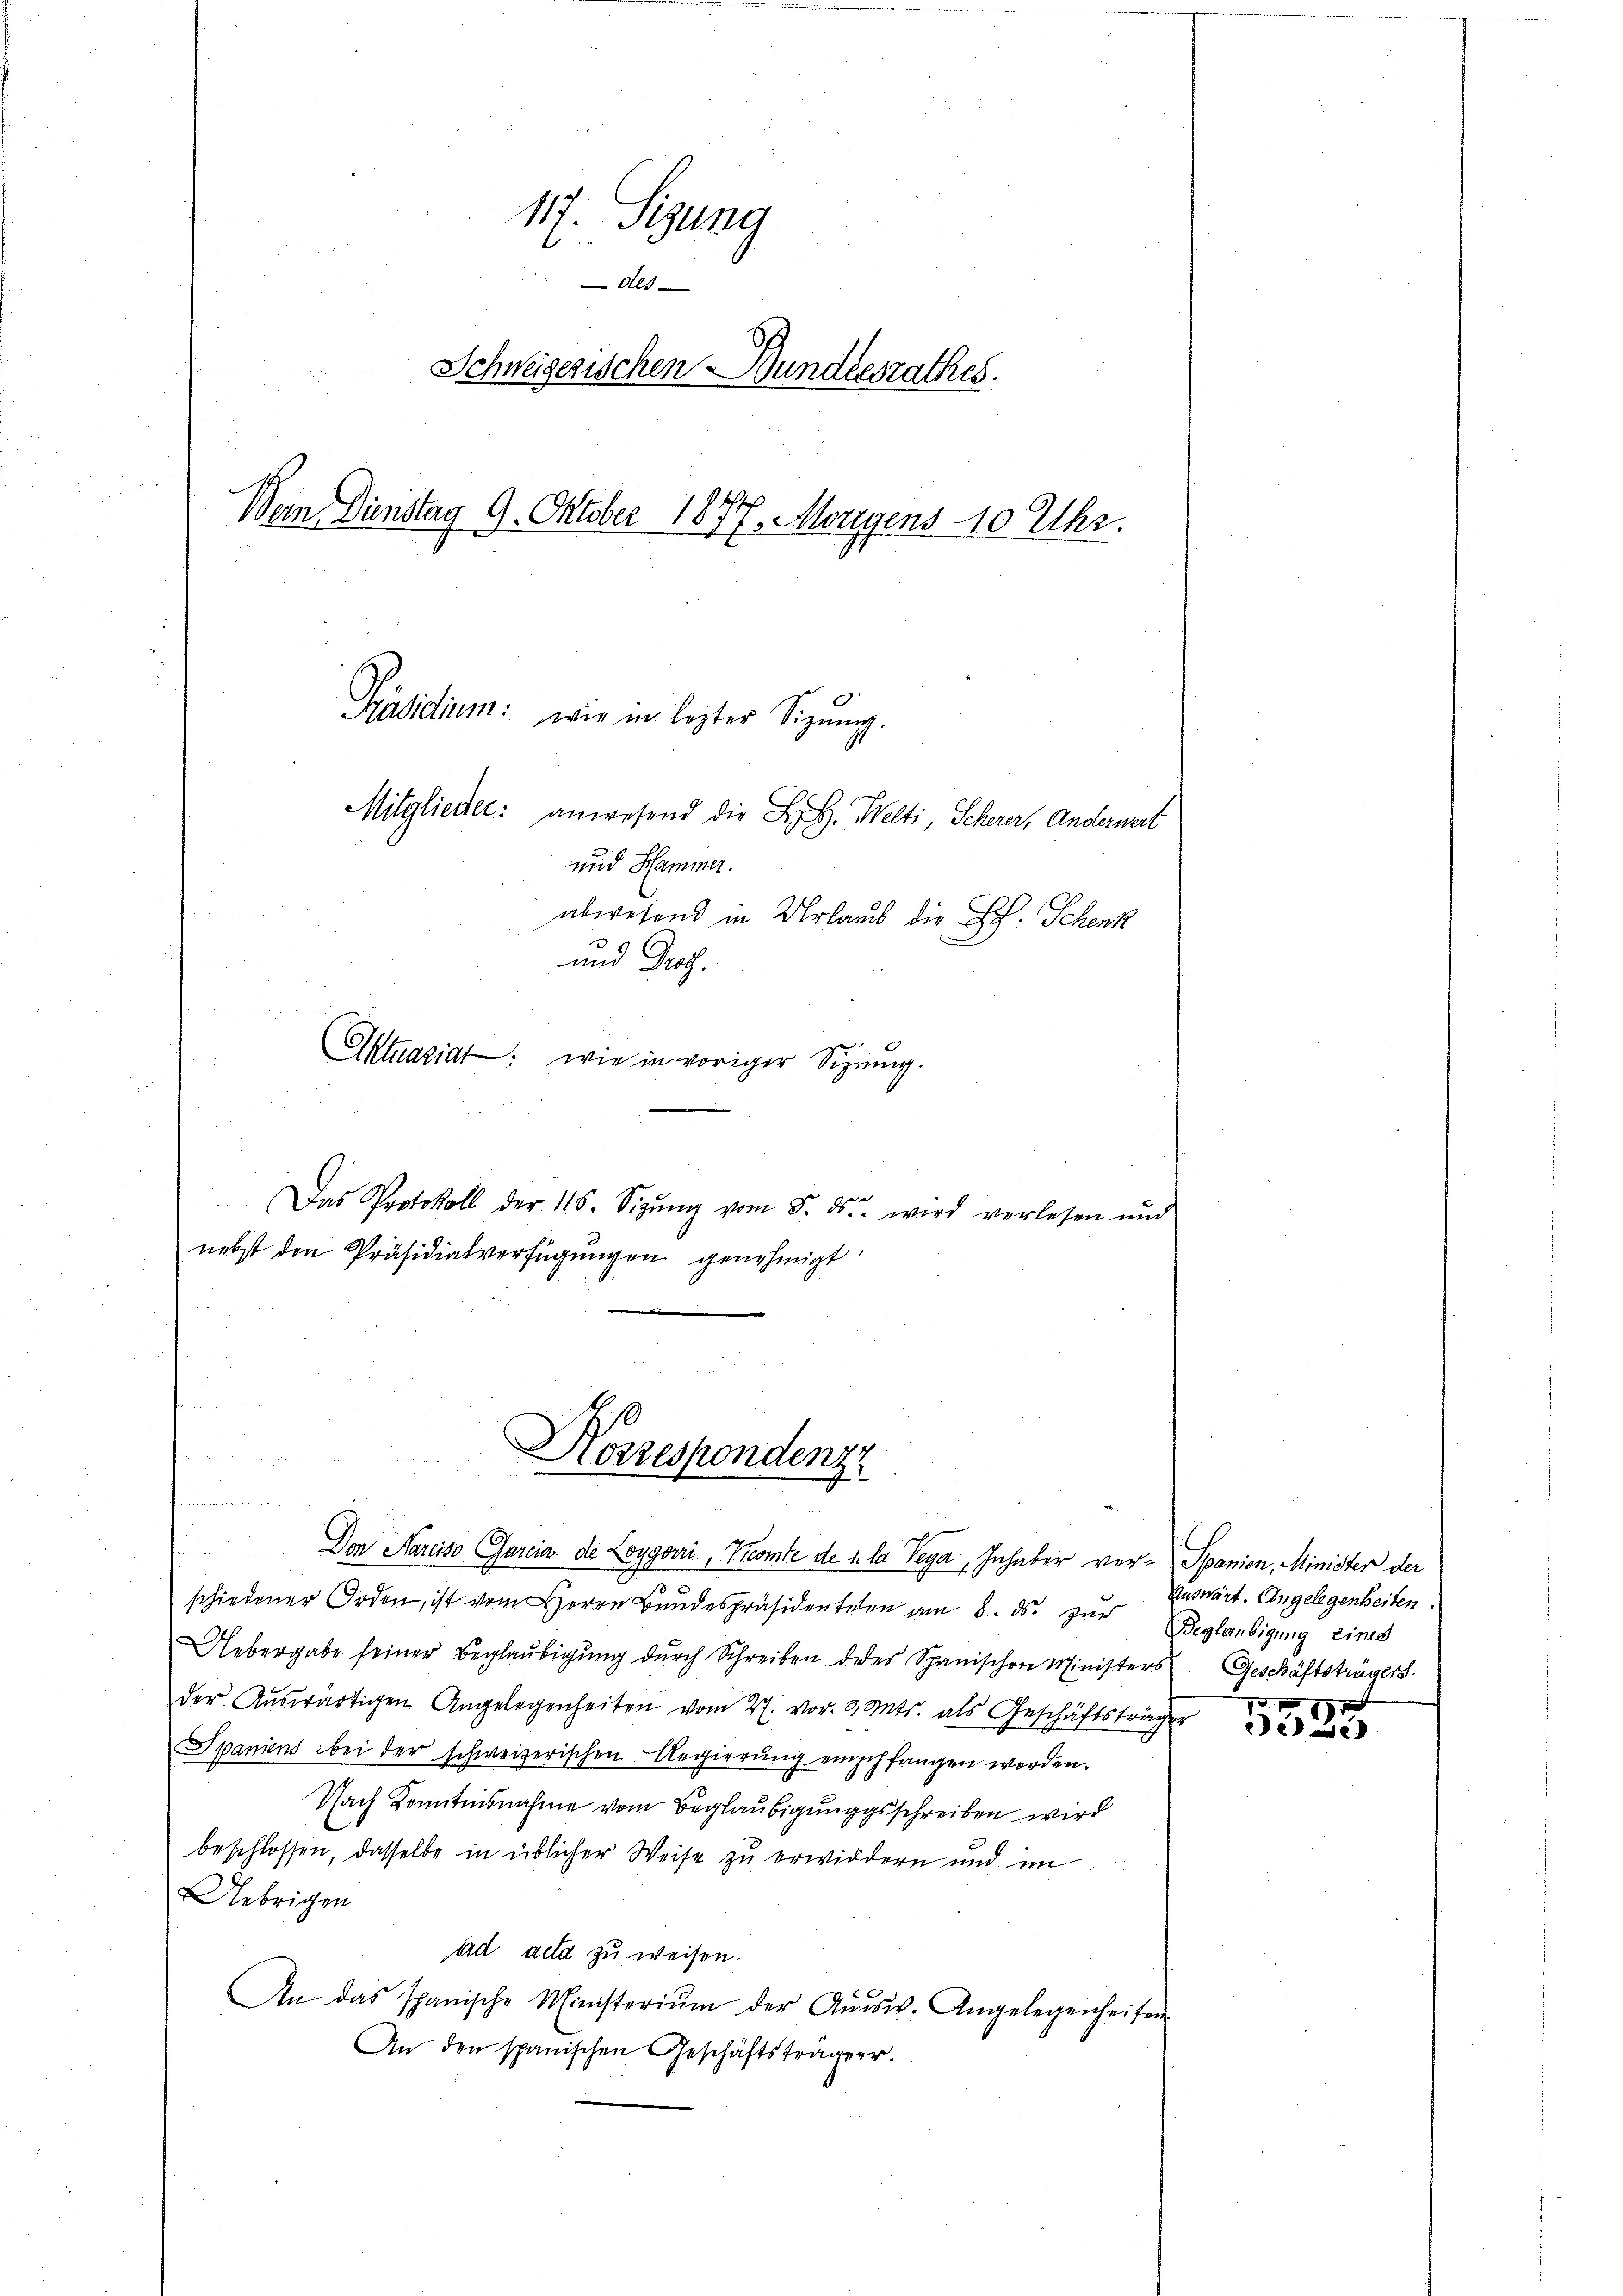
117. Sitzung
Als
Schweizerischen Bundesrathes.
Bei Dinstag 9. Oktober 1877. Morigens 10 Uhr.
Präsidium: wie in lezter Sitzung.
Mitglieder: anwesend die B. H. Welti, Scherer, Andernert
und Hammer.
abwesend in Urlaub die L. Schenk
und Prof.
e

Aktuariat: wie in voriger Sizung.
.
Das Protokoll der 115. Sizŭng vom 5. ds. wird verlesen und
nebst den Präsidialverfügungen genehmigt

d
Don Aareiso Garcia de Loygari, Tromte de 1. lb. Peya, Inhaber ver- Spanien, Minister der
.
schiedener Orden, ist vom Herrn Bŭndespräsidenteten am 8. ds. zŭr Beglaubigung eines
Uebergabe seiner Beglaŭbigŭng dŭrch Schreiben des Spanischen Ministers Geschäftsträgers.
der Aŭswärtigen Angelegenheiten vom 27. vor. 3. Mts. als Geschäftsträg
Spaniens bei der schweizerischen Regierŭng eingepfangen worden.
Nach Kenntnisnahme vom Beglaubigungsschreiben wird
beschlossen, dasselbe in üblicher Weise zu erwirdern und im
Uebrigen
ad acta zu weisen.
An das spanische Ministerium der Aŭsw. Angelegenheiten
An den spanischen Geschäftsträger.

Korrespondenz

Unswärt. Angelegenheiten

127
7
ee